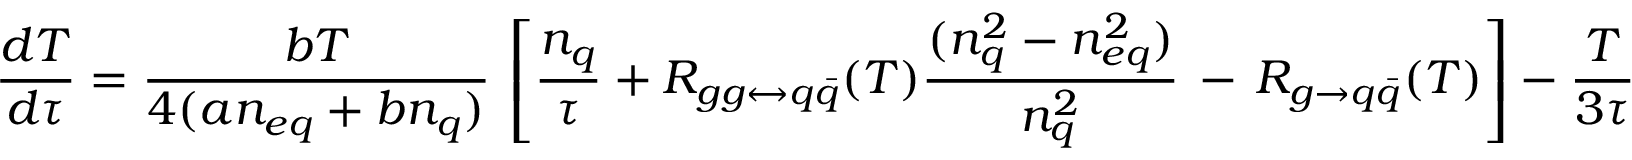
\frac { d T } { d \tau } = \frac { b T } { 4 ( a n _ { e q } + b n _ { q } ) } \, \left[ \frac { n _ { q } } { \tau } + R _ { g g \leftrightarrow q \bar { q } } ( T ) \frac { ( n _ { q } ^ { 2 } - n _ { e q } ^ { 2 } ) } { n _ { q } ^ { 2 } } \, - \, R _ { g \rightarrow q \bar { q } } ( T ) \right] - \frac { T } { 3 \tau }